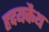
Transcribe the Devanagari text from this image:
हृदयकैथ